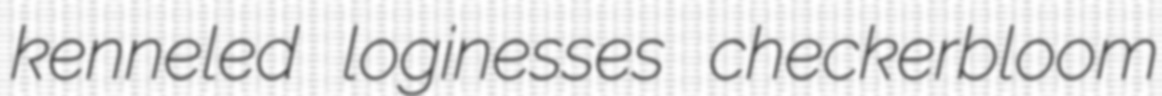
kenneled loginesses checkerbloom